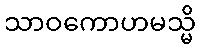
သာဝကောဟမသ္မိ